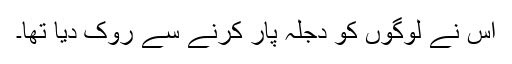
اس نے لوگوں کو دجلہ پار کرنے سے روک دیا تھا۔